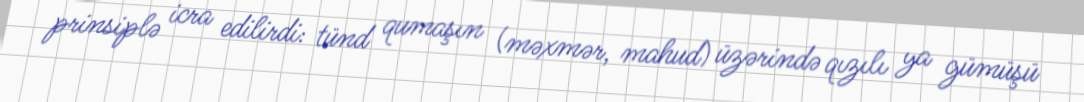
prinsiplə icra edilirdi: tünd qumaşın (məxmər, mahud) üzərində qızılı ya gümüşü